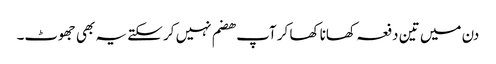
دن میں تین دفعہ کھانا کھا کر آپ ھضم نہیں کر سکتے یہ بھی جھوٹ۔